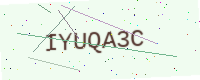
Text: IYUQA3C